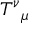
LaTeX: T ^ { \nu } { } _ { \mu }